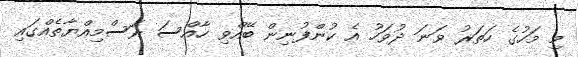
މި މަހުގެ ހަތަރު ވަނަ ދުވަހު އެ ކުންފުނިން ބޭއްވި ހާއްސަ ރަސްމިއްޔާތެއްގައި